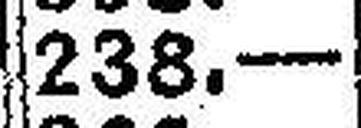
238.—